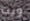
ويت